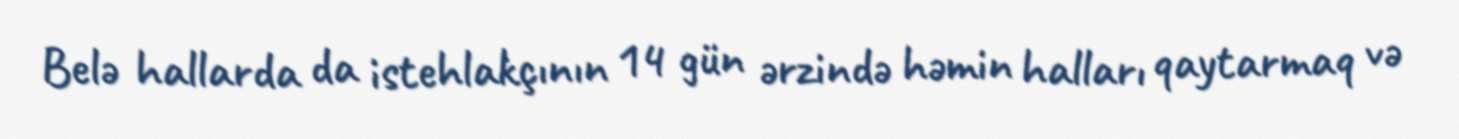
Belə hallarda da istehlakçının 14 gün ərzində həmin halları qaytarmaq və